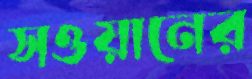
সওয়ানের